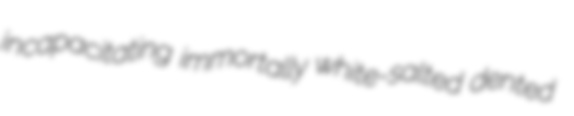
incapacitating immortally white-salted dented